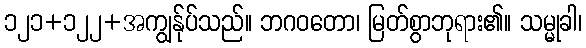
၁၂၁+၁၂၂+အကျွန်ုပ်သည်။ ဘဂဝတော၊ မြတ်စွာဘုရား၏။ သမ္မုခါ၊